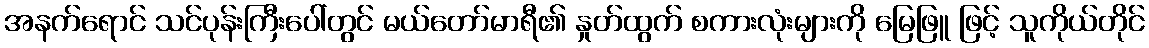
အနက်ရောင် သင်ပုန်းကြီးပေါ်တွင် မယ်တော်မာရီ၏ နှုတ်ထွက် စကားလုံးများကို မြေဖြူ ဖြင့် သူကိုယ်တိုင်